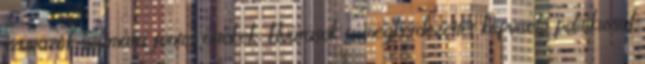
szavazók számára fontos értékek: Elvárások a megkérdezettet képviselő politikussal